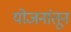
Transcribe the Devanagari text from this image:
योजनांतून